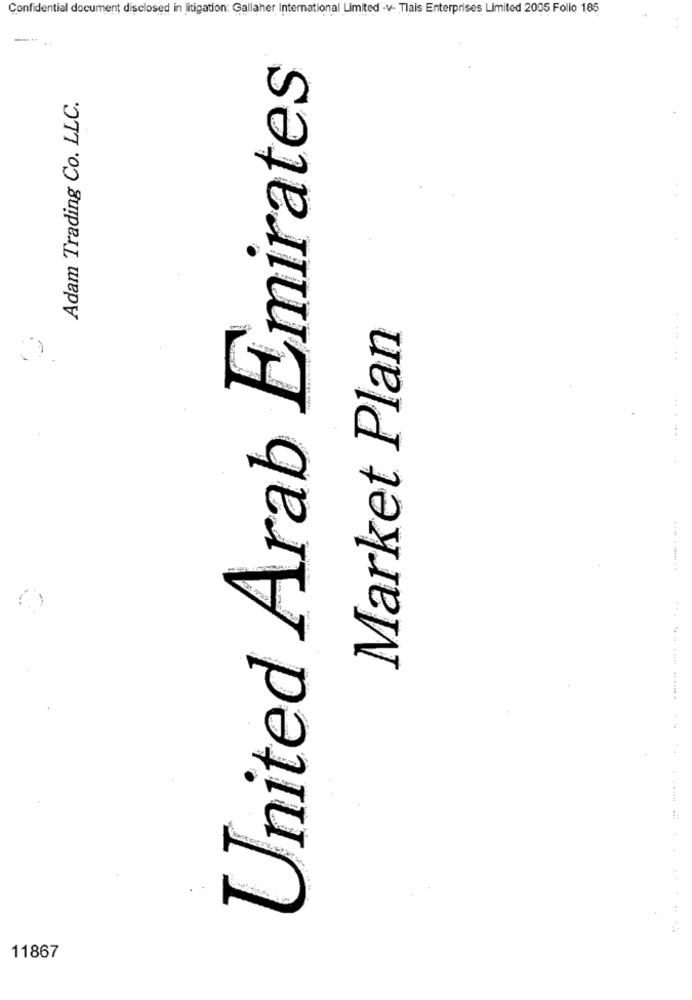
Confidential document disclosed in litigation: Gallaher International Limited -v- Tlais Enterprises Limited 2005 Folio 185
----
United Arab Emirates
Adam Trading Co. LLC.
Market Plan
......
11867